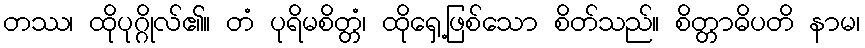
တဿ၊ ထိုပုဂ္ဂိုလ်၏။ တံ ပုရိမစိတ္တံ၊ ထိုရှေ့ဖြစ်သော စိတ်သည်။ စိတ္တာဓိပတိ နာမ၊